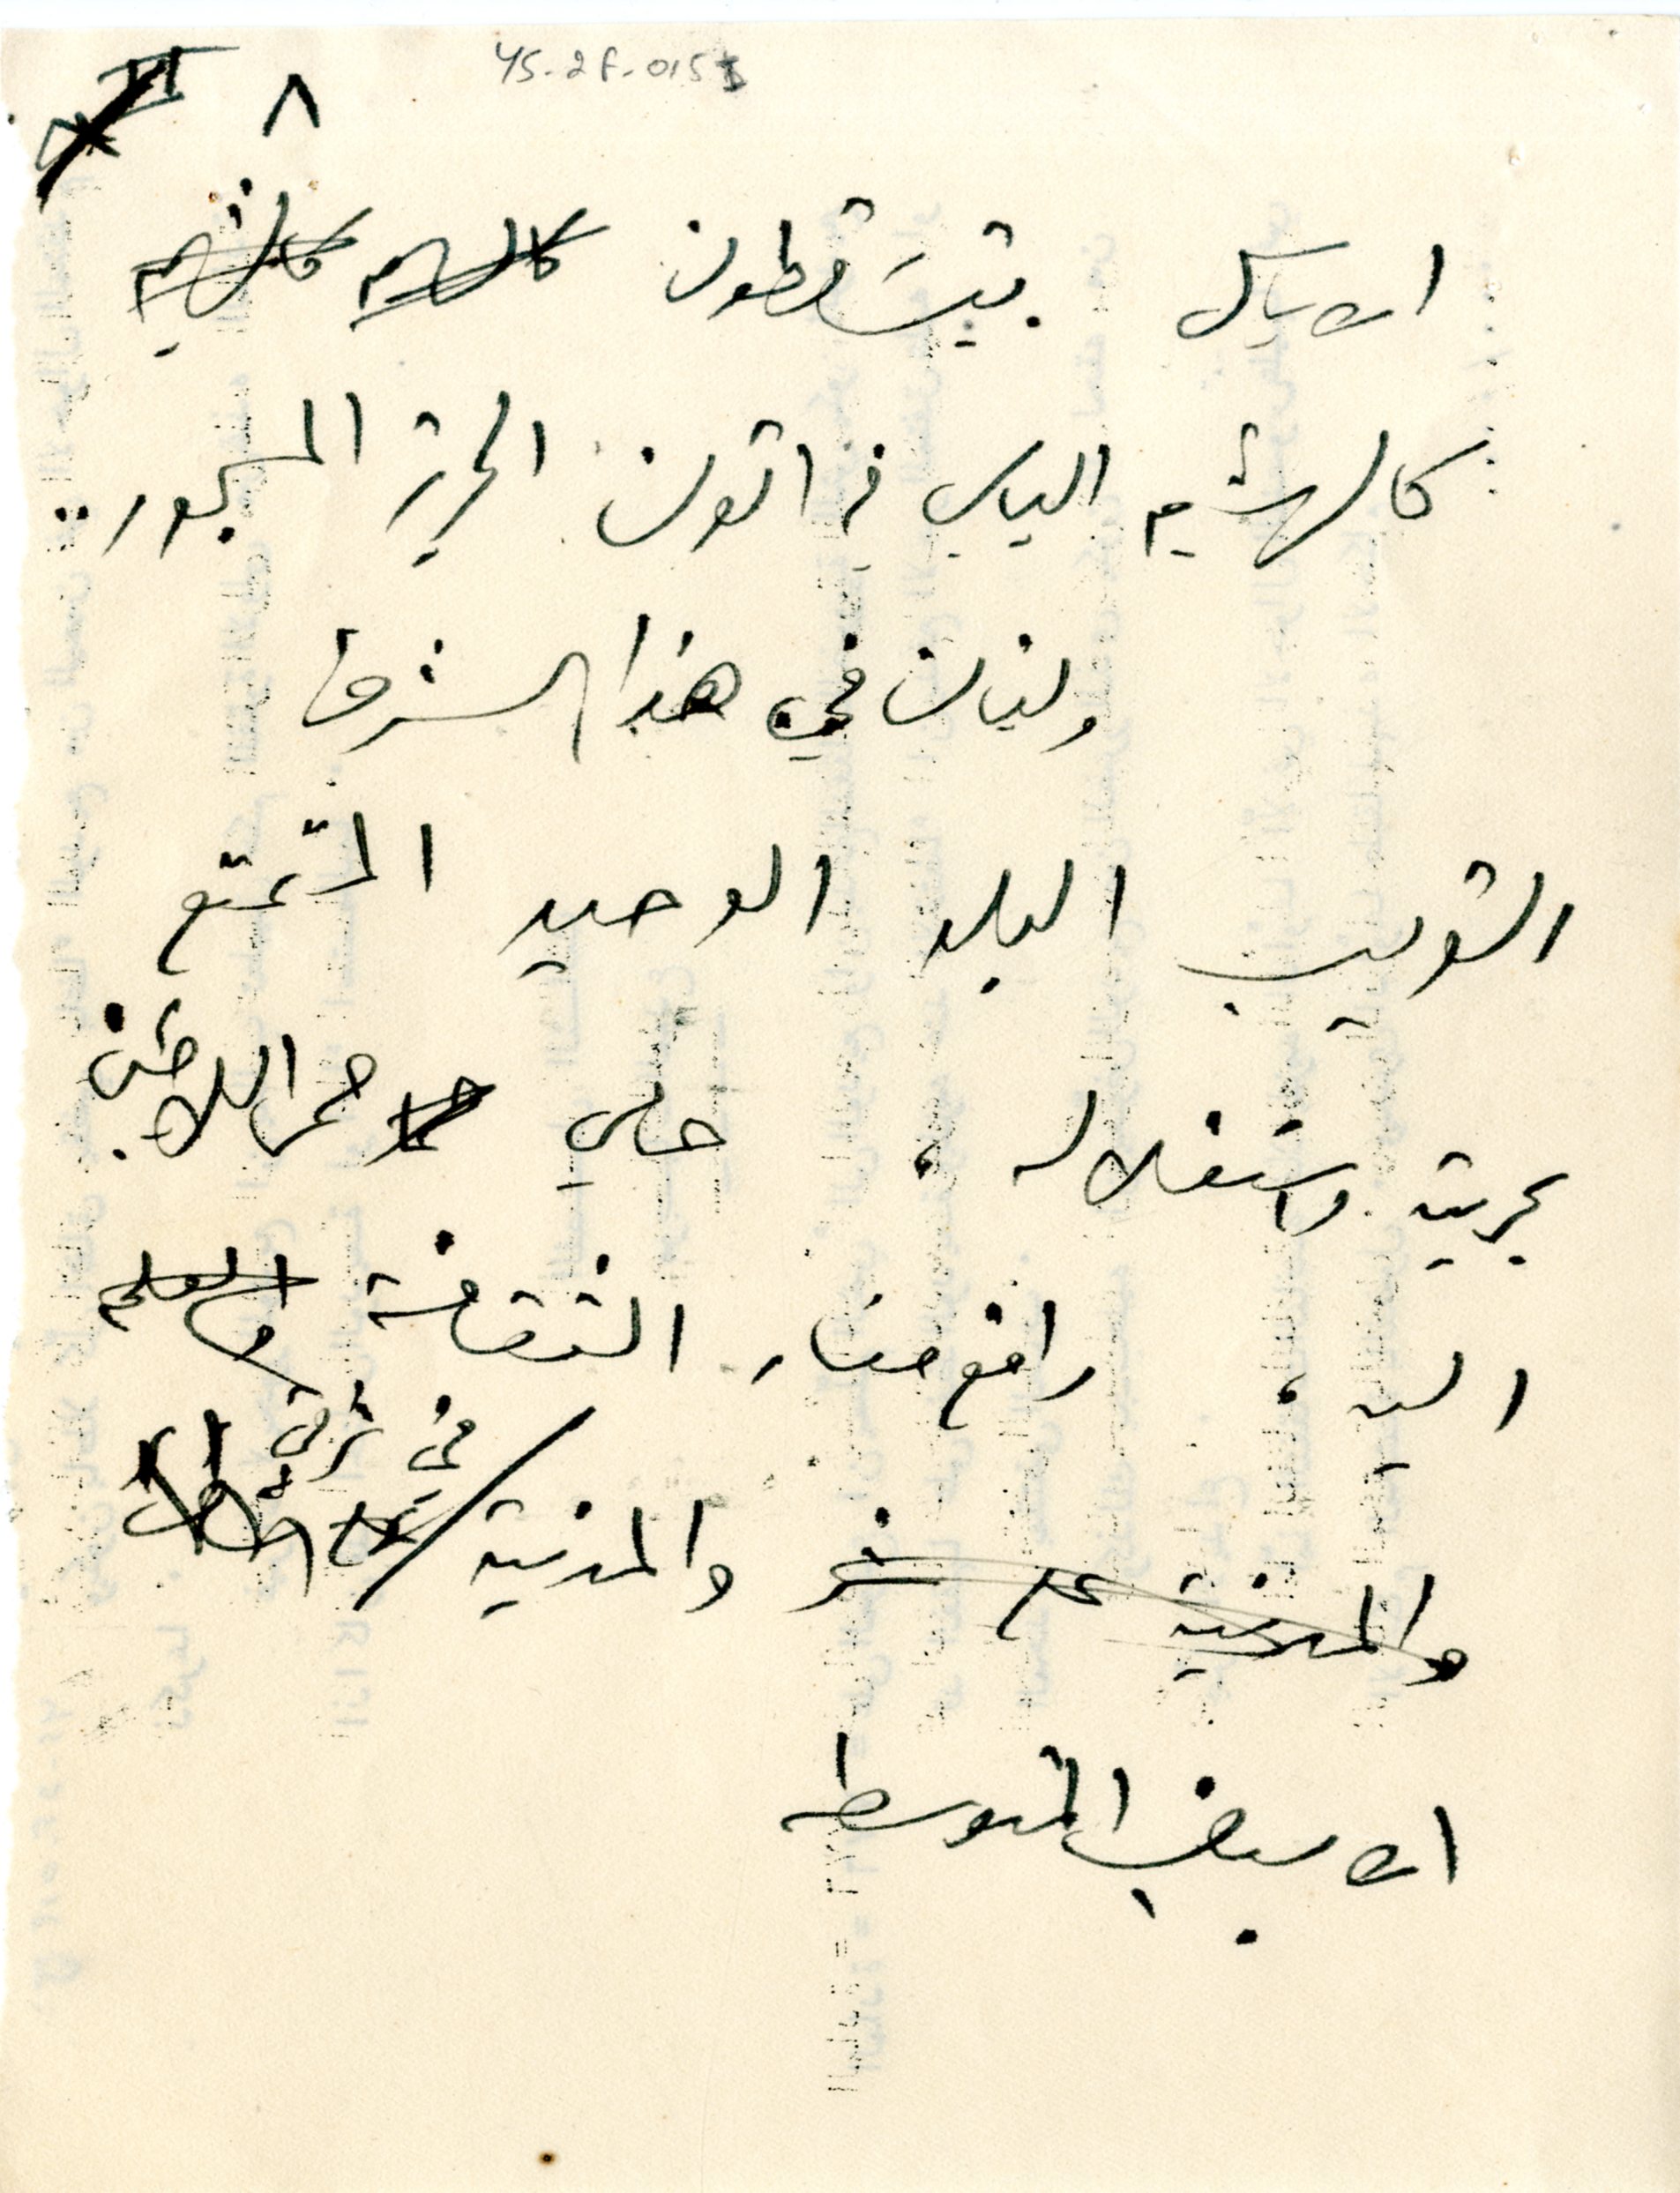
٨	YS_2F_015I
الاباسل يتسَاقطون
كالهشيم اليابس في اتون الحرية المسجور ..
ولبنان في هذا الشرق
القريب البلد الوحيد المتمتع
بحريته واستقلاله، حامي ممر اللاجئين
اليه، رافع منار الثقافة
والمدنية في شرقي
الابيض المتوسط